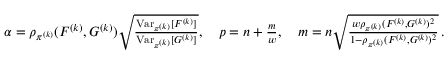
\begin{array} { r } { \alpha = \rho _ { \pi ^ { ( k ) } } ( F ^ { ( k ) } , G ^ { ( k ) } ) \sqrt { \frac { \operatorname { V a r } _ { \pi ^ { ( k ) } } [ F ^ { ( k ) } ] } { \operatorname { V a r } _ { \pi ^ { ( k ) } } [ G ^ { ( k ) } ] } } , \quad p = n + \frac { m } { w } , \quad m = n \sqrt { \frac { w \rho _ { \pi ^ { ( k ) } } ( F ^ { ( k ) } , G ^ { ( k ) } ) ^ { 2 } } { 1 - \rho _ { \pi ^ { ( k ) } } ( F ^ { ( k ) } , G ^ { ( k ) } ) ^ { 2 } } } \, . } \end{array}